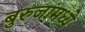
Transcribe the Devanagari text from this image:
बुरुजांमध्ये